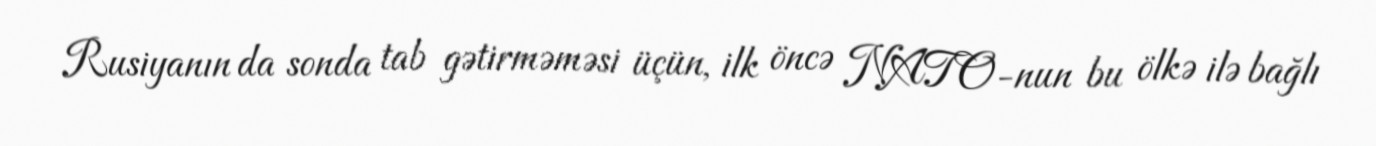
Rusiyanın da sonda tab gətirməməsi üçün, ilk öncə NATO-nun bu ölkə ilə bağlı